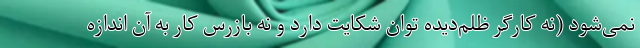
نمی‌شود (نه کارگر ظلم‌دیده توان شکایت دارد و نه بازرس کار به آن اندازه